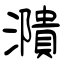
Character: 濻